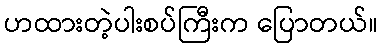
ဟထားတဲ့ပါးစပ်ကြီးက ပြောတယ်။